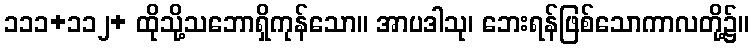
၁၁၁+၁၁၂+ ထိုသို့သဘောရှိကုန်သော။ အာပဒါသု၊ ဘေးရန်ဖြစ်သောကာလတို့၌။